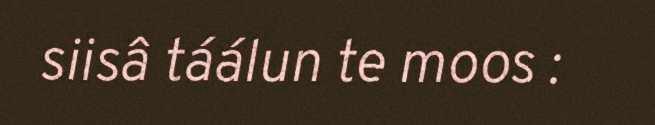
siisâ táálun te moos :